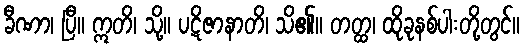
ခီဏာ၊ ပြီ။ ဣတိ၊ သို့။ ပဋိဇာနာတိ၊ သိ၏။ တတ္ထ၊ ထိုခုနစ်ပါးတို့တွင်။